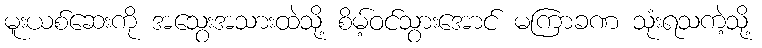
မူးယစ်ဆေးကို အသွေးအသားထဲသို့ စိမ့်ဝင်သွားအောင် မကြာခဏ သုံးရသကဲ့သို့